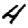
Digit: 4